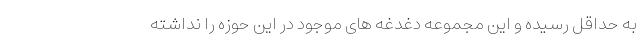
به حداقل رسیده و اين مجموعه دغدغه های موجود در این حوزه را نداشته